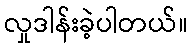
လှုဒါန်းခဲ့ပါတယ်။